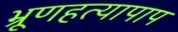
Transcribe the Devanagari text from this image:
भ्रूणहत्यापाप